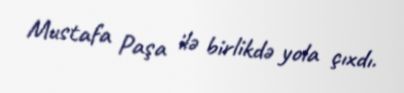
Mustafa Paşa ilə birlikdə yola çıxdı.